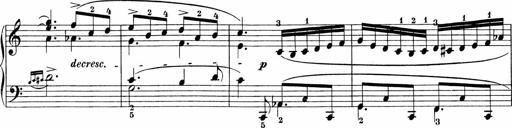
Title: 3 Sonatinas
Composer: Carl Reinecke